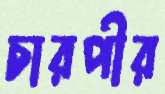
চারপীর